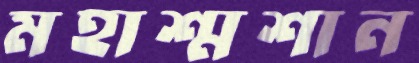
মহাশ্মশান